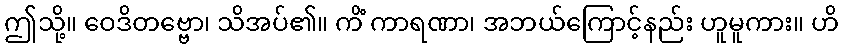
ဤသို့။ ဝေဒိတဗ္ဗော၊ သိအပ်၏။ ကိံ ကာရဏာ၊ အဘယ်ကြောင့်နည်း ဟူမူကား။ ဟိ